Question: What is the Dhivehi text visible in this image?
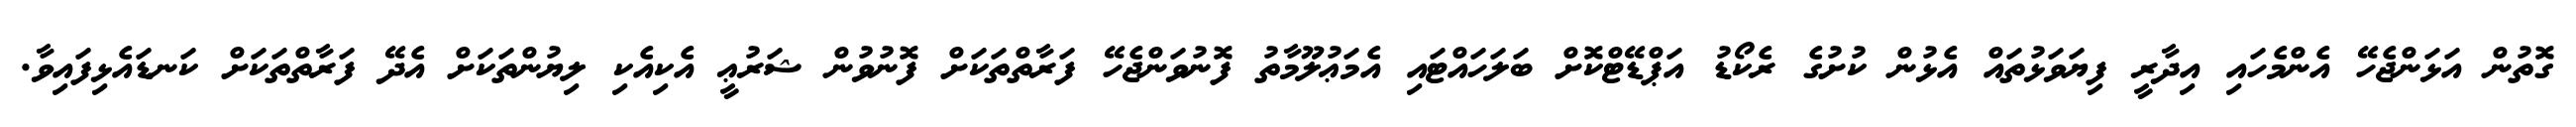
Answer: ގޮތުން އަޅަންޖެހޭ އެންމެހައި އިދާރީ ފިޔަވަޅުތައް އެޅުން ކުށުގެ ރެކޯޑު އަޕްޑޭޓްކޮށް ބަލަހައްޓައި އެމަޢުލޫމާތު ފޮނުވަންޖެހޭ ފަރާތްތަކަށް ފޮނުވުން ޝަރުޢީ އެކިއެކި ލިޔުންތަކަށް އެދޭ ފަރާތްތަކަށް ކަނޑައެޅިފައިވާ.